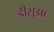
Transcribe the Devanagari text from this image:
डीसुझा